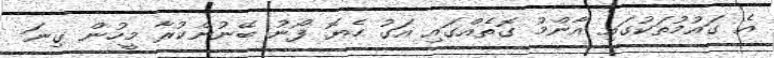
އެ ގައުމުތަކުގައި އާންމު ގޮތެއްގައި އަގު ހެޔޮ ފޯނު ބޭނުންކުރާ މީހުން ގިނަ